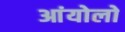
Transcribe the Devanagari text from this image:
आंयोलो